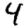
Digit: 4